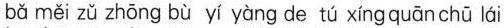
bǎ měi zǔ zhōng bù yí yàng de tú xíng quān chū lái